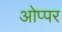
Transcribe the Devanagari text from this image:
ओप्पर